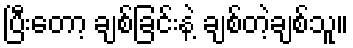
ပြီးတော့ ချစ်ခြင်းနဲ့ ချစ်တဲ့ချစ်သူ။